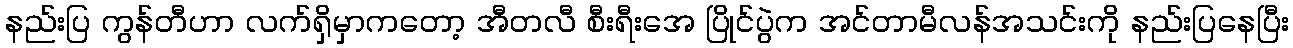
နည်းပြ ကွန်တီဟာ လက်ရှိမှာကတော့ အီတလီ စီးရီးအေ ပြိုင်ပွဲက အင်တာမီလန်အသင်းကို နည်းပြနေပြီး